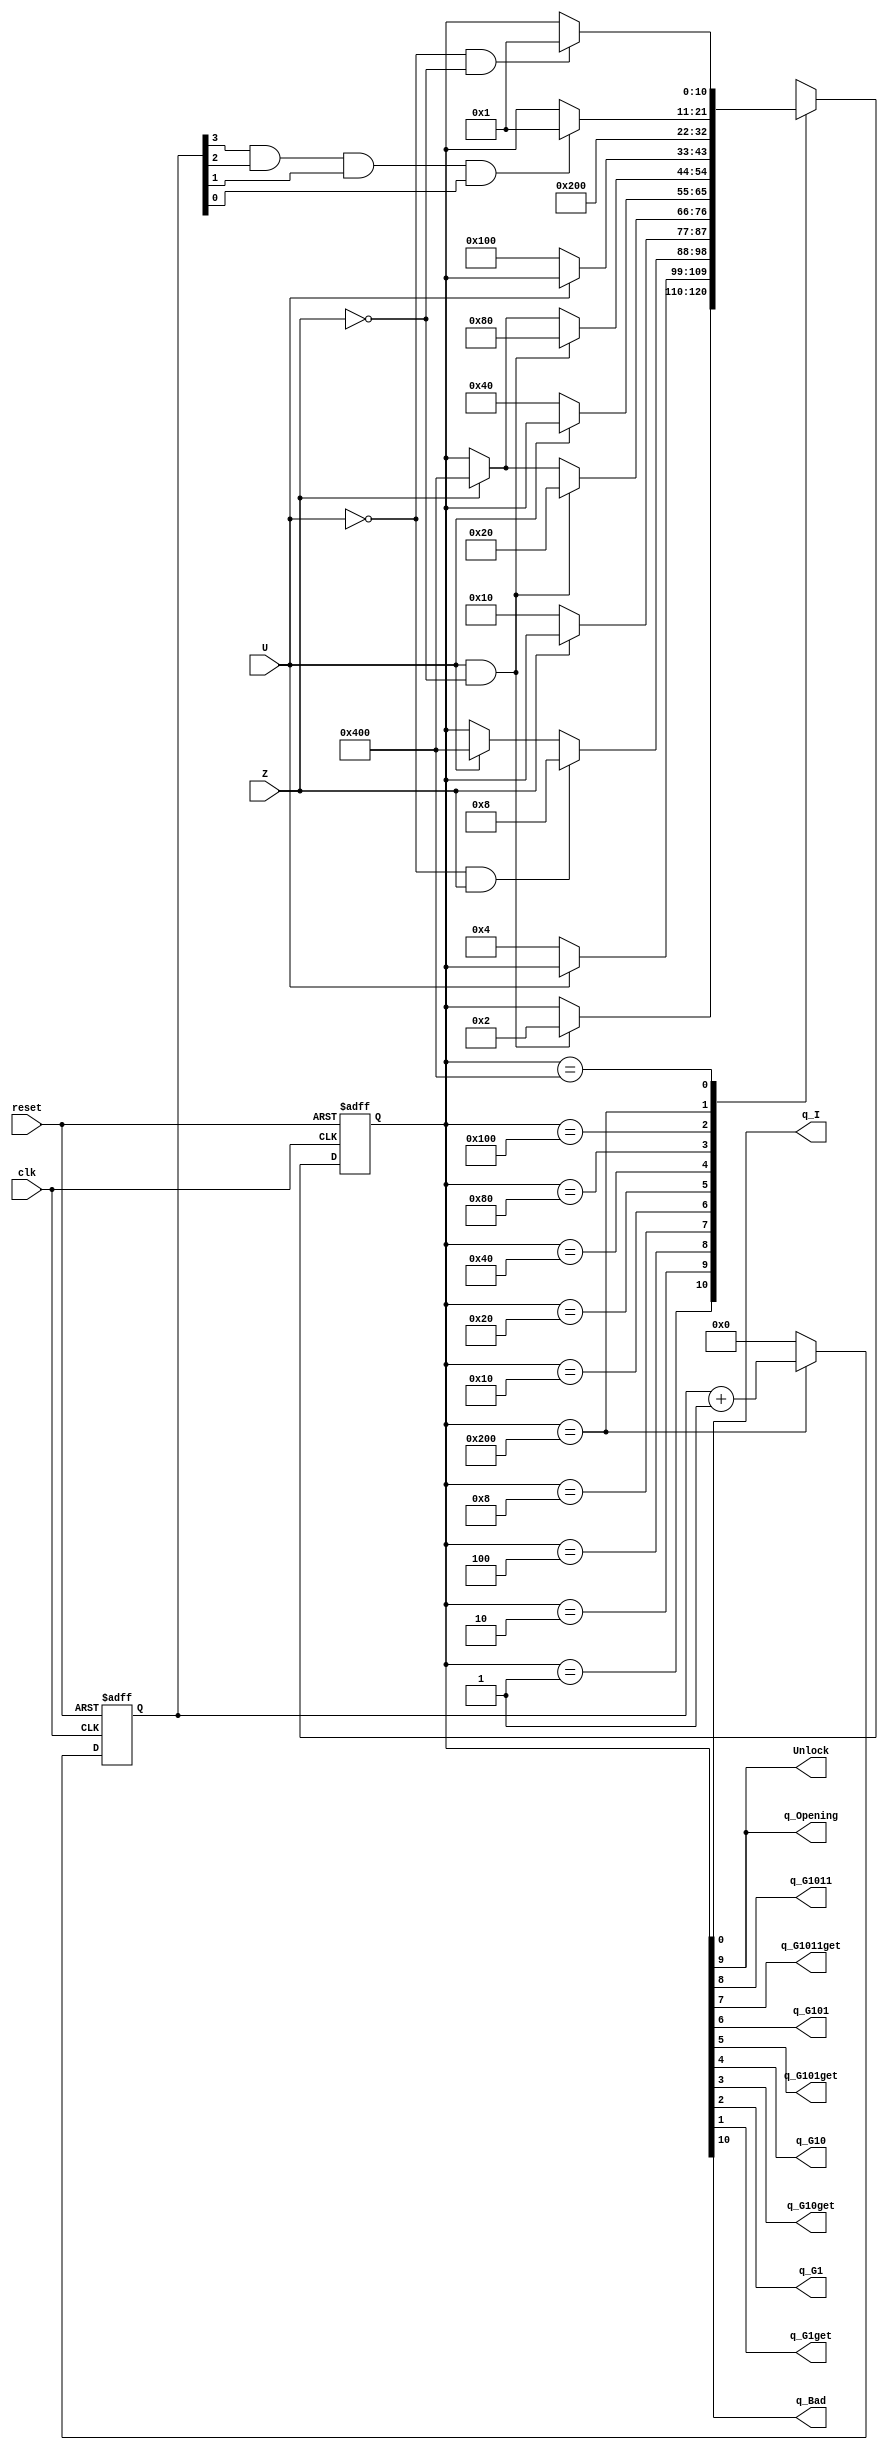
//////////////////////////////////////////////////////////////////////////////////
// Revised: Gandhi 2/6/2012 replaced `define with localparam
// Description: 
//
//
// Revision: 		1.1
// Additional Comments: 
//
//////////////////////////////////////////////////////////////////////////////////

`timescale 1ns / 1ps

module ee354_numlock_sm(clk, reset, U, Z,
						q_I, q_Opening, q_G1011, q_G1011get, q_G101, q_G101get, 
						q_G10, q_G10get, q_G1, q_G1get, q_Bad, Unlock);
	/*  INPUTS */
	// Clock & Reset
	input clk,reset,U,Z;
	
	/*  OUTPUTS */
	// store current state
	output q_I, q_Opening, q_G1011, q_G1011get, q_G101, q_G101get, q_G10, q_G10get, q_G1, q_G1get, q_Bad, Unlock;
	reg [10:0] state;
	
	assign {q_Bad, q_Opening, q_G1011, q_G1011get, q_G101, q_G101get, q_G10, q_G10get, q_G1, q_G1get, q_I} = state;
	// lets make accessing the state information easier within the state machine code
	// each line aliases the appropriate state bits and sets up a 1-hot code
	localparam 
		QI			=11'b00000000001,
		QG1GET		=11'b00000000010,
		QG1			=11'b00000000100,
		QG10get		=11'b00000001000,
		QG10		=11'b00000010000,
		QG101get	=11'b00000100000,
		QG101		=11'b00001000000,
		QG1011get	=11'b00010000000,
		QG1011		=11'b00100000000,
		QOpening	=11'b01000000000,
		QBad		=11'b10000000000,
		UNK			=11'bXXXXXXXXXXX;
	
	assign Unlock=q_Opening;

	reg [3:0] Timerout_count;
	wire Timerout;
	assign Timerout = (Timerout_count[3]) & (Timerout_count[2]) & (Timerout_count[1]) & (Timerout_count[0]);

	// Counter Design
	always @ (posedge clk, posedge reset)
	begin : TIMEROUT_COUNT
		if(reset)
			Timerout_count <= 0;
		else 
			if(state == QOpening)
				Timerout_count <= Timerout_count + 1;
			else
				Timerout_count <= 0;
	end
	
	// NSL AND SM (Case Statements)
	always @ (posedge clk, posedge reset)
	begin
		if(reset)
			state<=QI;
		else
		begin
			case(state)
				QI:
					if(U==1 && Z==0)
						state<=QG1GET;
				QG1GET:
					if(U==0)
						state<=QG1;
				QG1:
					if(U==0 && Z==1)
						state<=QG10get;
					else if(U==1)
						state<=QBad;
				QG10get:
					if(Z==0)
						state<=QG10;
				QG10:
					if(U==1 && Z==0)
						state<=QG101get;
					else if(Z==1)
						state<=QBad;
				QG101get:
					if(U==0)
						state<=QG101;
				QG101:
				   if(U==1 && Z==0)
						state<=QG1011get;
					else if(Z==1)
						state<=QBad;
				QG1011get:
				    if(U==0)
				        state<=QG1011;
				QG1011:
					state<=QOpening;
				QOpening:
					if(Timerout)
						state<=QI;
				QBad:
					if(U==0 && Z==0)
						state<=QI;
				default:	state <= UNK;

			endcase
		end
	end
	
endmodule